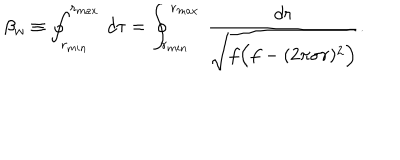
\beta _ { w } \equiv \oint _ { r _ { m i n } } ^ { r _ { m a x } } \, d \tau = \oint _ { r _ { m i n } } ^ { r _ { m a x } } \, { \frac { d r } { \sqrt { f \Big ( f - ( 2 \pi \sigma r ) ^ { 2 } \Big ) } } } .